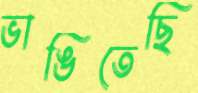
ভাঙিতেছি